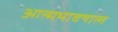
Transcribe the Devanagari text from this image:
आत्मभावन्गल